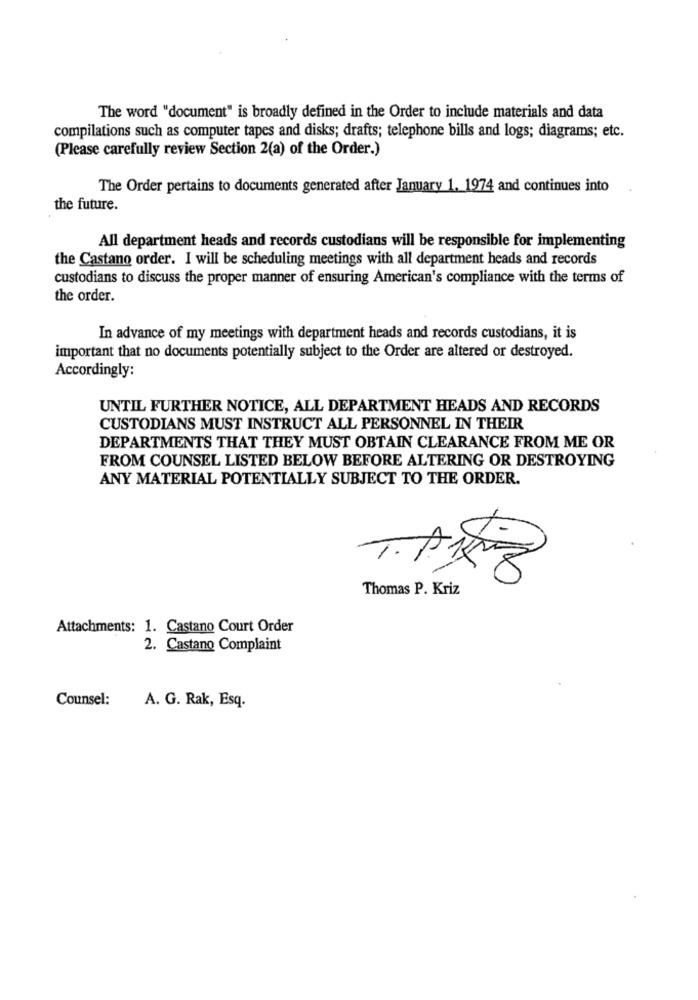
The word "document" is broadly defined in the Order to include materials and data
compilations such as computer tapes and disks; drafts; telephone bills and logs; diagrams; etc.
(Please carefully review Section 2(a) of the Order.)
The Order pertains to documents generated after January 1. 1974 and continues into
the future.
All department heads and records custodians will be responsible for implementing
the Castano order. I will be scheduling meetings with all department heads and records
custodians to discuss the proper manner of ensuring American's compliance with the terms of
the order.
In advance of my meetings with department heads and records custodians, it is
important that no documents potentially subject to the Order are altered or destroyed.
Accordingly:
UNTIL FURTHER NOTICE, ALL DEPARTMENT HEADS AND RECORDS
CUSTODIANS MUST INSTRUCT ALL PERSONNEL IN THEIR
DEPARTMENTS THAT THEY MUST OBTAIN CLEARANCE FROM ME OR
FROM COUNSEL LISTED BELOW BEFORE ALTERING OR DESTROYING
ANY MATERIAL POTENTIALLY SUBJECT TO THE ORDER.
Thomas P. Kriz
Attachments: 1. Castano Court Order
2. Castano Complaint
Counsel:
A. G. Rak, Esq.